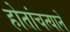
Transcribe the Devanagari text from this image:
होतांचत्यानें